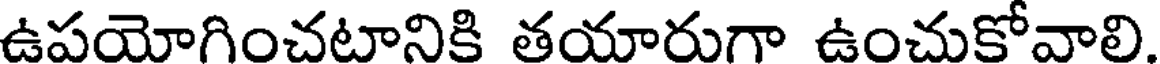
ఉపయోగించటానికి తయారుగా ఉంచుకోవాలి